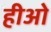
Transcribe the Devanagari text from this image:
हीओ